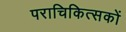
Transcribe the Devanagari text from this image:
पराचिकित्सकों